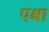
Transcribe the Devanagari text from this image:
पश्चा